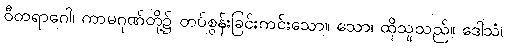
ဝီတရာဂေါ၊ ကာမဂုဏ်တို့၌ တပ်စွန်းခြင်းကင်းသော။ သော၊ ထိုသူသည်။ ဒေါသံ၊